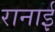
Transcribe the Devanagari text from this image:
रानाई